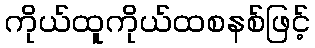
ကိုယ်ထူကိုယ်ထစနစ်ဖြင့်